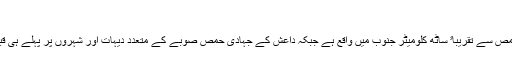
‘‘
یہ مسیحی علاقہ حمص سے تقریباﹰ ساٹھ کلومیٹر جنوب میں واقع ہے جبکہ داعش کے جہادی حمص صوبے کے متعدد دیہات اور شہروں پر پہلے ہی قبضہ کر چکے ہیں۔